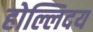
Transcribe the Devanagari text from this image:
होल्लिदय